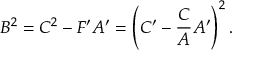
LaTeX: B ^ { 2 } = C ^ { 2 } - F ^ { \prime } A ^ { \prime } = \left( C ^ { \prime } - \frac { C } { A } A ^ { \prime } \right) ^ { 2 } .